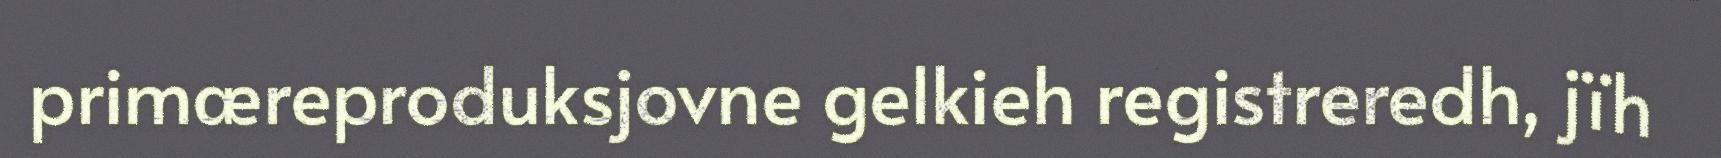
primæreproduksjovne gelkieh registreredh, jïh